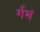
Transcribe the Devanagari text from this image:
र्गभ